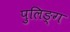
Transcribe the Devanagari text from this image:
पुलिङ्ग